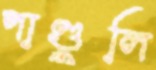
পাণ্ডুলি